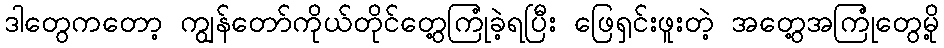
ဒါတွေကတော့ ကျွန်တော်ကိုယ်တိုင်တွေ့ကြုံခဲ့ရပြီး ဖြေရှင်းဖူးတဲ့ အတွေ့အကြုံတွေမို့